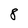
Character: 8